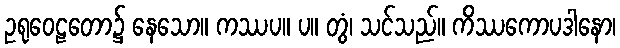
ဥရုဝေဠတော၌ နေသော။ ကဿပ။ ပ။ တွံ၊ သင်သည်။ ကိဿကောပဒါနော၊